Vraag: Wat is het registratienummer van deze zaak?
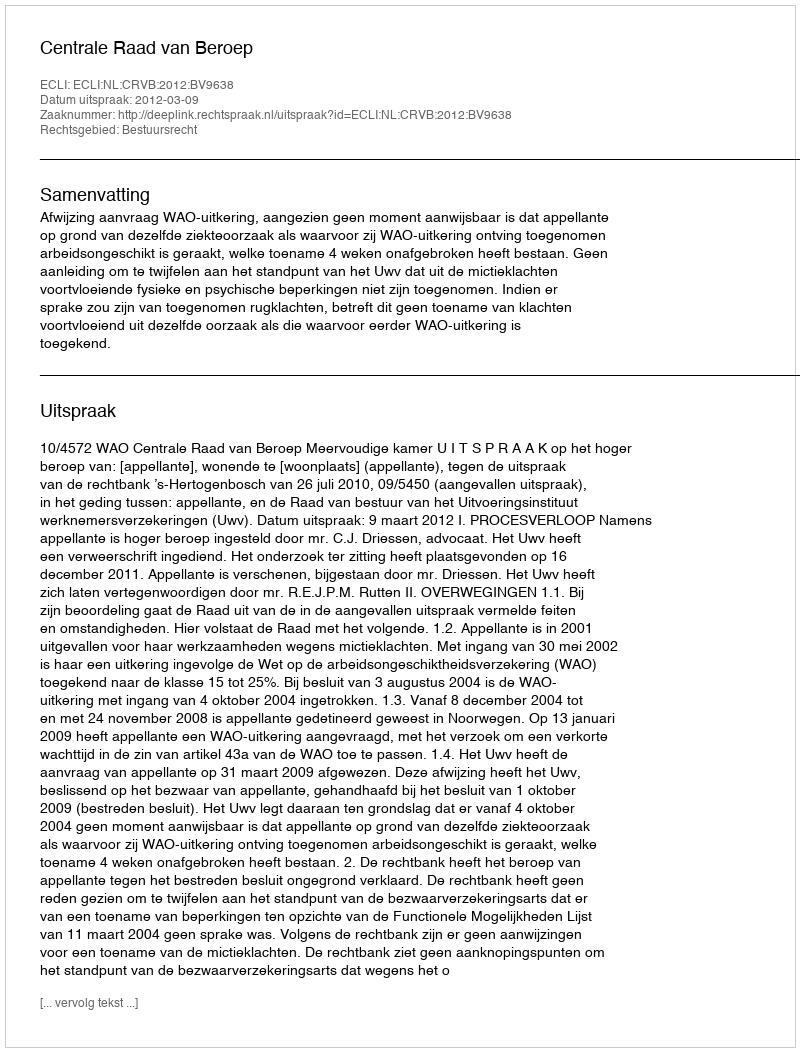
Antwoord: http://deeplink.rechtspraak.nl/uitspraak?id=ECLI:NL:CRVB:2012:BV9638